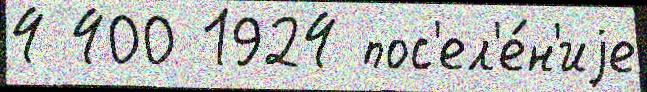
4 400 1924 пос'ел'е́н'иjе